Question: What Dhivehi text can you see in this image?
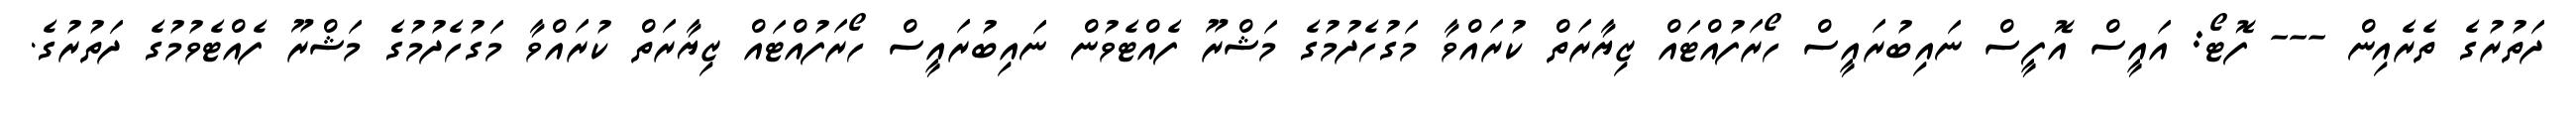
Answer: ދަތުރުގެ ތެރެއިން --- ފޮޓޯ: އައީސް އޮފީސް ނައިބުރައީސް ހޯރަފުއްޓައް ޒިޔާރަތް ކުރައްވާ މަގުހެދުމުގެ މަޝްރޫ ފެއްޓެވުން ނައިބުރައީސް ހޯރަފުއްޓައް ޒިޔާރަތް ކުރައްވާ މަގުހެދުމުގެ މަޝްރޫ ފެއްޓެވުމުގެ ދަތުރުގެ.